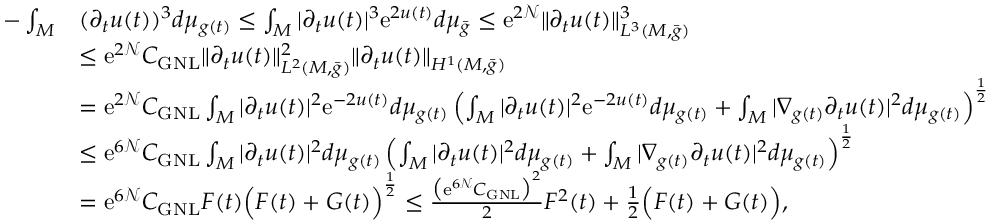
\begin{array} { r l } { - \int _ { M } } & { ( \partial _ { t } u ( t ) ) ^ { 3 } d \mu _ { g ( t ) } \le \int _ { M } | \partial _ { t } u ( t ) | ^ { 3 } \mathrm { e } ^ { 2 u ( t ) } d \mu _ { \bar { g } } \le \mathrm { e } ^ { 2 \mathcal { N } } \| \partial _ { t } u ( t ) \| _ { L ^ { 3 } ( M , \bar { g } ) } ^ { 3 } } \\ & { \le \mathrm { e } ^ { 2 \mathcal { N } } C _ { \mathrm { G N L } } \| \partial _ { t } u ( t ) \| _ { L ^ { 2 } ( M , \bar { g } ) } ^ { 2 } \| \partial _ { t } u ( t ) \| _ { H ^ { 1 } ( M , \bar { g } ) } } \\ & { = \mathrm { e } ^ { 2 \mathcal { N } } C _ { \mathrm { G N L } } \int _ { M } | \partial _ { t } u ( t ) | ^ { 2 } \mathrm { e } ^ { - 2 u ( t ) } d \mu _ { g ( t ) } \left( \int _ { M } | \partial _ { t } u ( t ) | ^ { 2 } \mathrm { e } ^ { - 2 u ( t ) } d \mu _ { g ( t ) } + \int _ { M } | \nabla _ { g ( t ) } \partial _ { t } u ( t ) | ^ { 2 } d \mu _ { g ( t ) } \right) ^ { \frac 1 2 } } \\ & { \le \mathrm { e } ^ { 6 \mathcal { N } } C _ { \mathrm { G N L } } \int _ { M } | \partial _ { t } u ( t ) | ^ { 2 } d \mu _ { g ( t ) } \left( \int _ { M } | \partial _ { t } u ( t ) | ^ { 2 } d \mu _ { g ( t ) } + \int _ { M } | \nabla _ { g ( t ) } \partial _ { t } u ( t ) | ^ { 2 } d \mu _ { g ( t ) } \right) ^ { \frac 1 2 } } \\ & { = \mathrm { e } ^ { 6 \mathcal { N } } C _ { \mathrm { G N L } } F ( t ) \Bigl ( F ( t ) + G ( t ) \Bigr ) ^ { \frac 1 2 } \le \frac { \bigl ( \mathrm { e } ^ { 6 \mathcal { N } } C _ { \mathrm { G N L } } \bigr ) ^ { 2 } } { 2 } F ^ { 2 } ( t ) + \frac { 1 } { 2 } \Bigl ( F ( t ) + G ( t ) \Bigr ) , } \end{array}